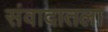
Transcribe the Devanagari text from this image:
संवादातला